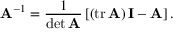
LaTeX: \mathbf { A } ^ { - 1 } = { \frac { 1 } { \operatorname* { d e t } \mathbf { A } } } \left[ \left( \operatorname { t r } \mathbf { A } \right) \mathbf { I } - \mathbf { A } \right] .